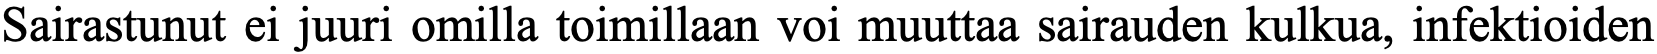
Sairastunut ei juuri omilla toimillaan voi muuttaa sairauden kulkua, infektioiden